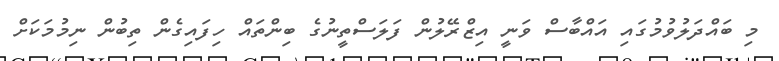
މި ބައްދަލުވުމުގައި އައްބާސް ވަނީ އިޒްރޭލުން ފަލަސްތީނުގެ ބިންތައް ހިފައިގެން ތިބުން ނިމުމަކަށް